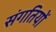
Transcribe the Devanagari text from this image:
संगतियों